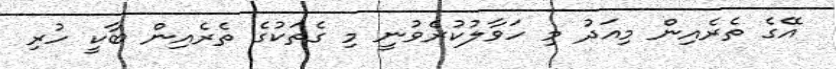
އޭގެ ތެރެއިން މިއަދު މި ހަވާލުކުރެވުނީ މި ގެތަކުގެ ތެރެއިން ބާކީ ހުރި